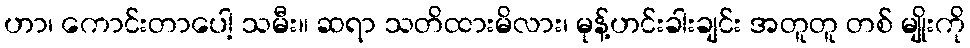
ဟာ၊ ကောင်းတာပေါ့ သမီး။ ဆရာ သတိထားမိလား၊ မုန့်ဟင်းခါးချင်း အတူတူ တစ် မျိုးကို